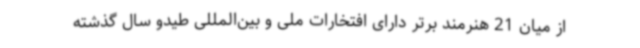
از میان 21 هنرمند برتر دارای افتخارات ملی و بین‌المللی طیدو سال گذشته